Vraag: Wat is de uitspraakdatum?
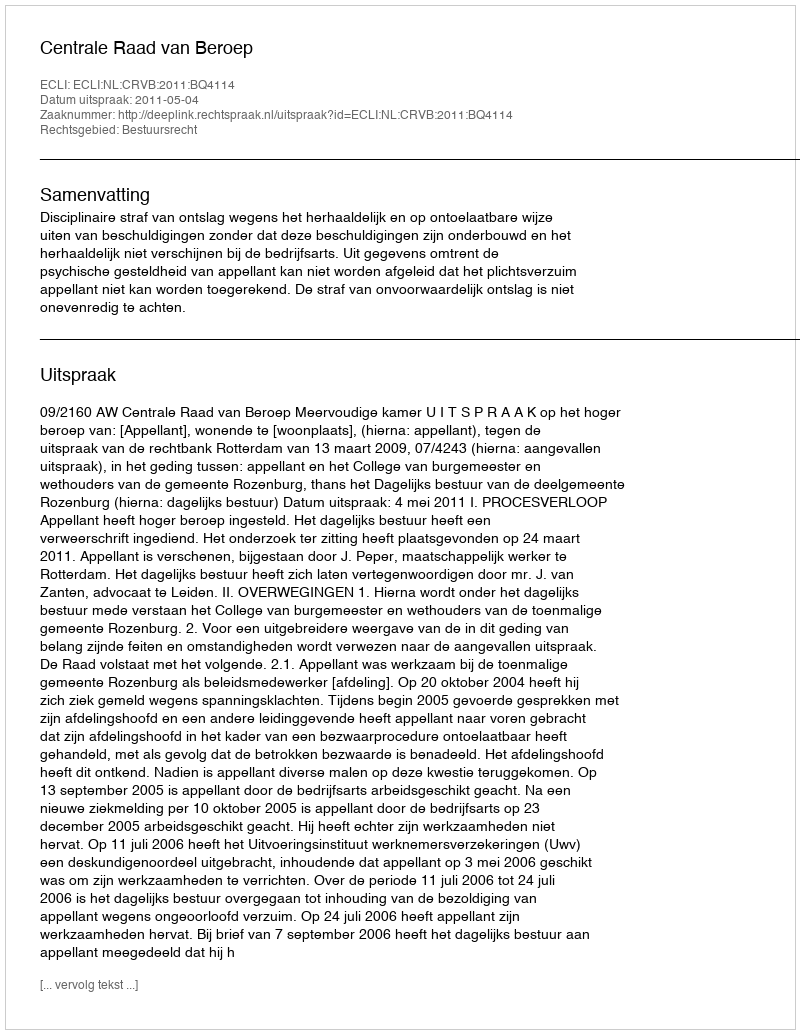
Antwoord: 2011-05-04